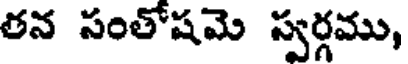
తన సంతోషమె స్వర్గము,